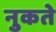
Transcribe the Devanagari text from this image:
नुकते